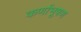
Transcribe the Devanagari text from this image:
कर्णाभूषण